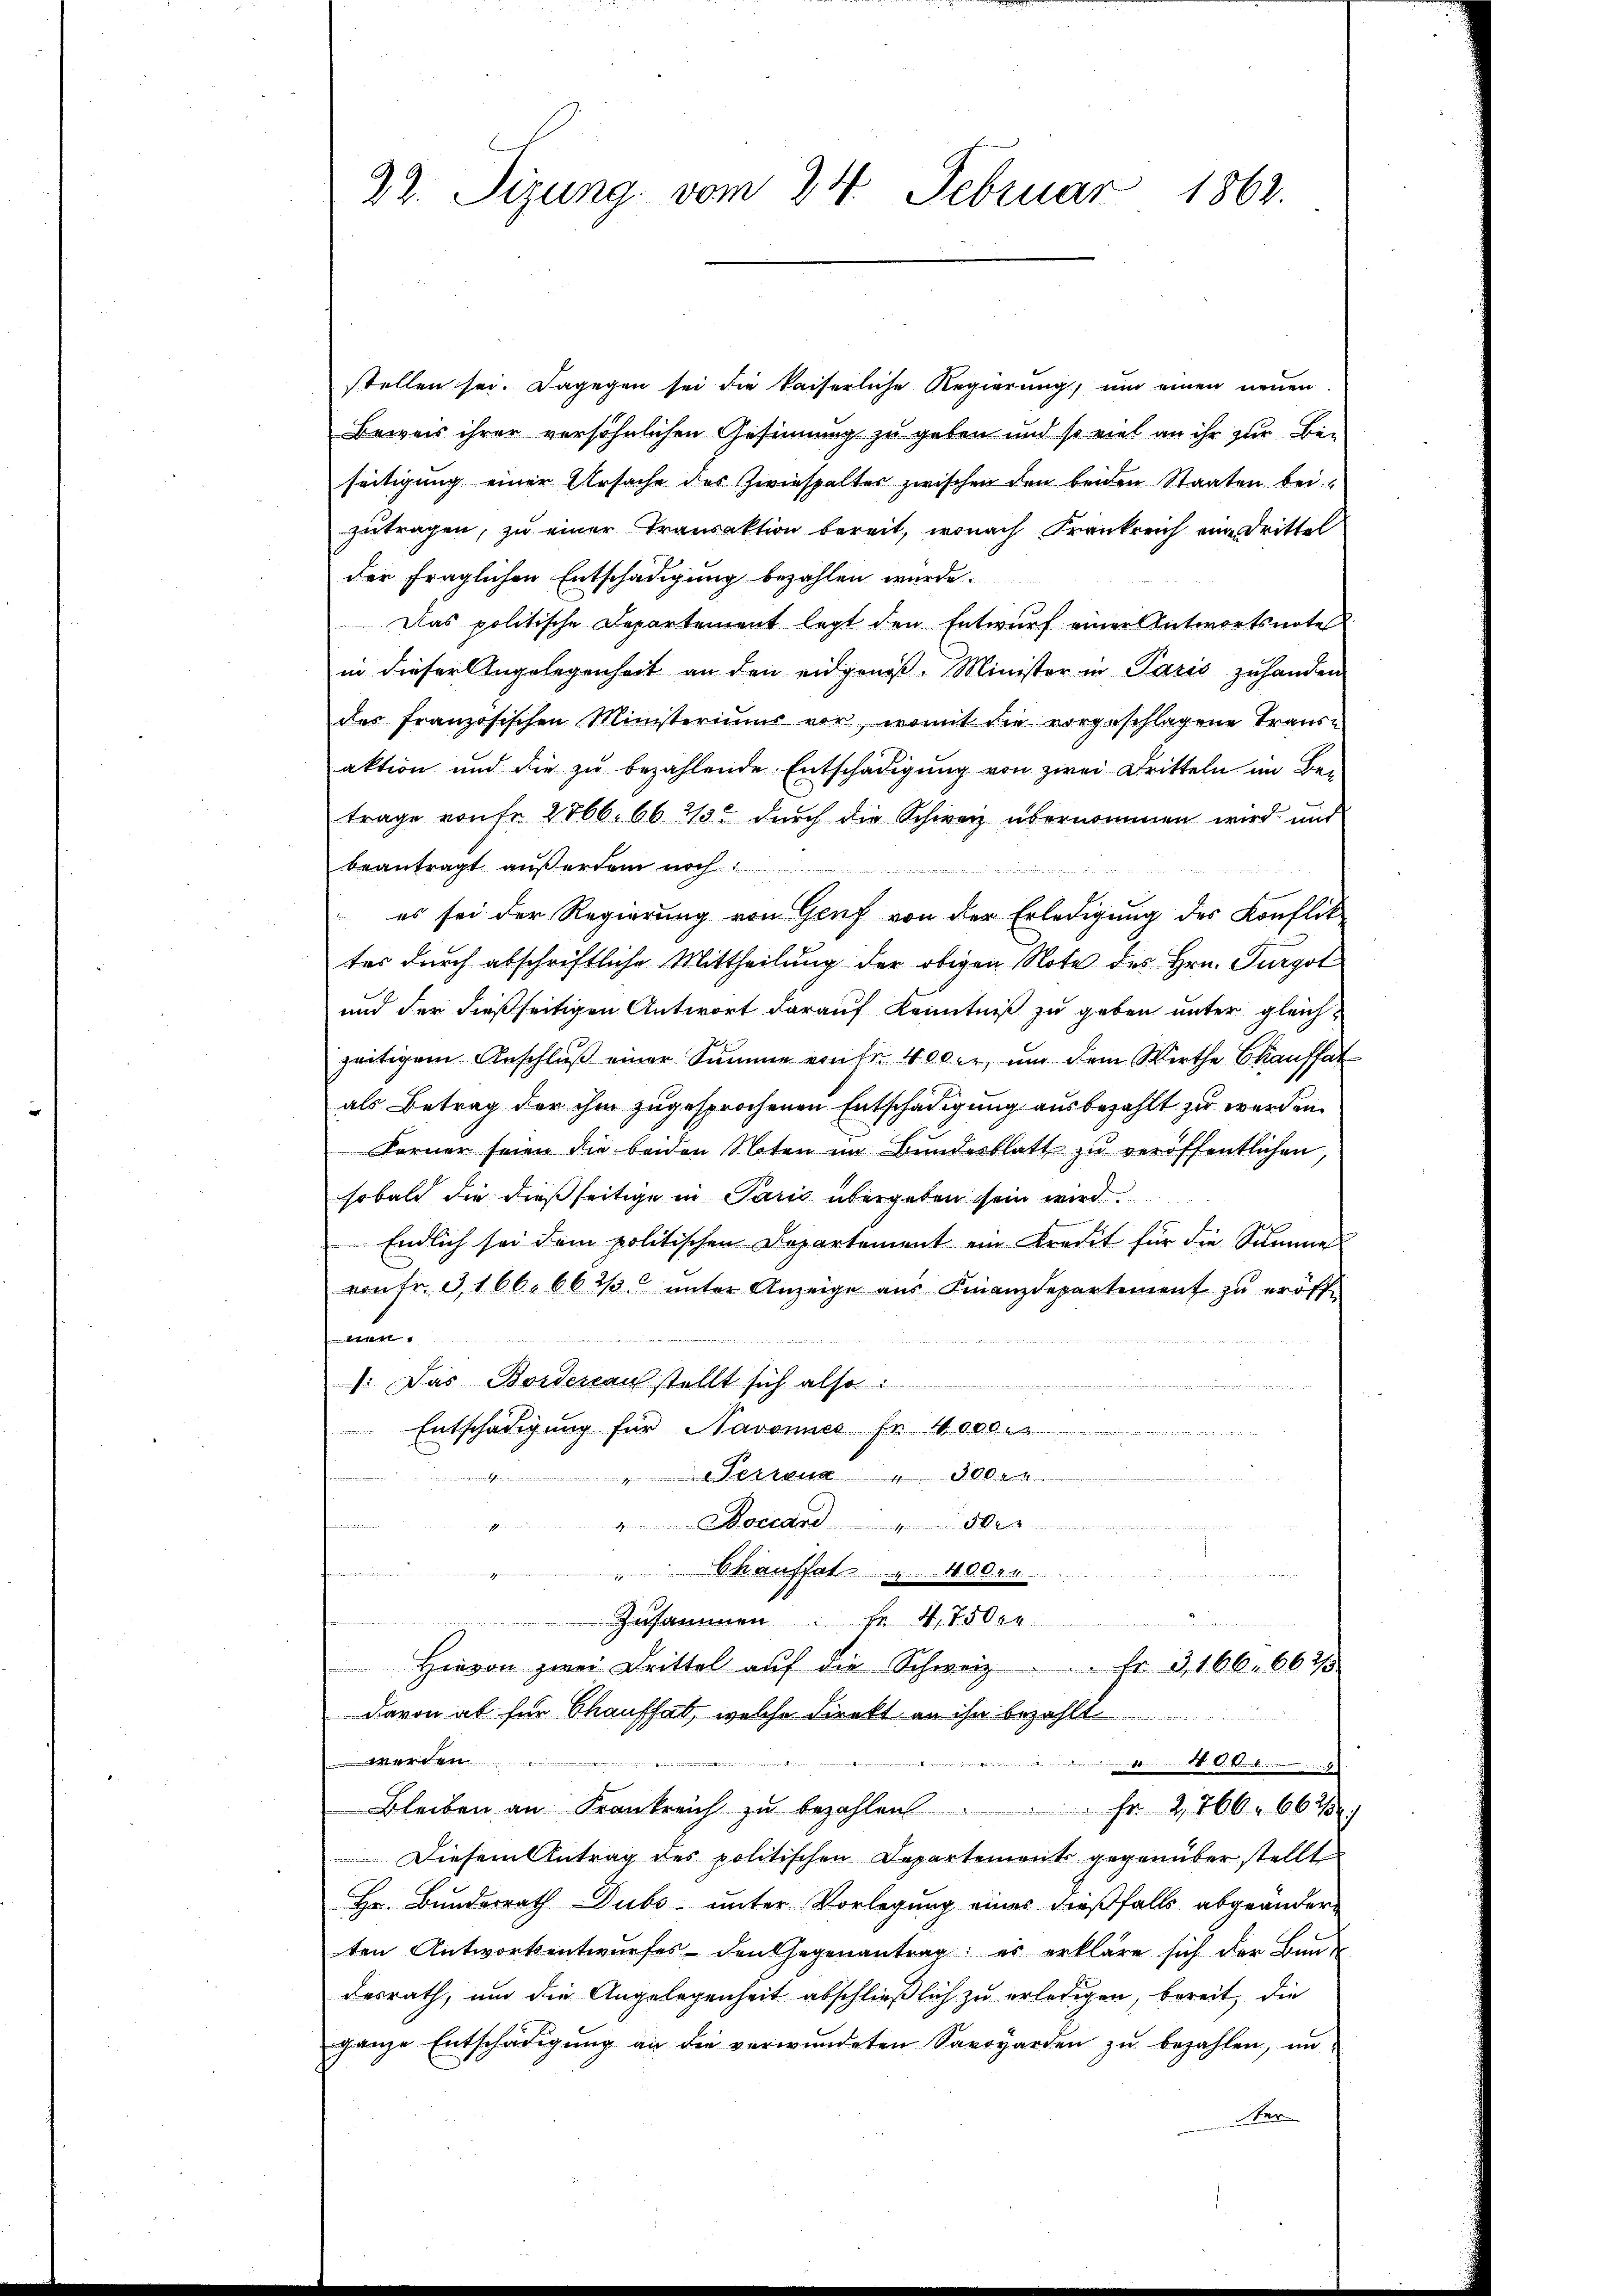
22. Sizung vom 24. Februar 1863.

stellen sei. Dagegen sei die kaiserliche Regierung, und einen neuen
Beweis ihrer versöhnlichen Gesinnung zu geben und so viel an ihr zur Bei
seitigung einer Ursache des Zwiespalter zwischen den beiden Staaten bei.
zutragen, zu einer Transaktion bereit, wonach Frankreich eine Drittel
der fraglichen Entschädigung bezahlen wurde.
Das politische Departement legt den Entwŭrf einer Antwortsnotel
in dieser Angelegenheit an den eidgenoß. Minister in Paris zuhanden
des französischen Ministeriums vor, womit die vorgeschlagene Trans-
aktion und die zu bezahlende Entschädigung von zwei Dritteln im Be-
trage von fr 2766. 66 2/3. durch die Schweiz übernommen wird, und
beantragt außerten nach den
es sei der Regierung von Genf von der Erledigung des Konflik
tes durch abschriftliche Mittheilung der obigen Note des Hrn. Furgol
und der dießseitigen Antwort darauf Kenntniß zu geben unter gleichzeitigem Anschluß einer Summe einse 400 er, um dem Wirthe kaufsat
als Betrag der ihm zugesprochenen Entschädigung ausbezahlt zu werden.
Ferner seien die beiden Noten im Bŭndesblatt zŭ veröffentlichen,
sobald die dießseitige in Paris übergeben sein wird
Endlich sei dem politischen Departement ein tradet für die Summe
von fr. 3166. 66 2/3 unter Anzeige aus Finanzdepartement zu eröff¬
 4.
: Das Bordereau stellt sich also
Entschädigung für Navonnes fr. 4000.
0
" occard Gra
Chauffat 400. r.
n
sin in einen
... 75
 Hievon zwei Drittel aŭf die Schweiz. Er 3, 166. 662/
davon ab für Chauffall, welche direkt an ihn bezahlt
1 Art. 14 ...........................................................................................................................................
Bleiben an Frankreich zŭ bezahlen . . . fr. 2766. 662/3)
Diesem Antrag des politischen Departements gegenüber stellt
Hr. Bundesrath Dubs unter Vorlegung eines dießfalls abgeänder-
ten Antwortsentwurfes den Gegenantrag es erkläre sich der Bunde
desrath, und die Angelegenheit abschließlich zu erledigen, bereit, die
ganze Entschädigung an die verwundeten Savoyarden zŭ bezahlen, un
Star